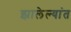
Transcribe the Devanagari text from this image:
झालेल्यांत